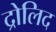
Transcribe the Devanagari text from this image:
द्रोलिद